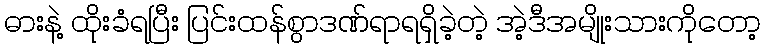
ဓားနဲ့ ထိုးခံရပြီး ပြင်းထန်စွာဒဏ်ရာရရှိခဲ့တဲ့ အဲ့ဒီအမျိုးသားကိုတော့